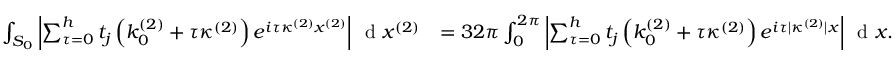
\begin{array} { r l } { \int _ { S _ { 0 } } \left\vert \sum _ { \tau = 0 } ^ { h } t _ { j } \left( k _ { 0 } ^ { ( 2 ) } + \tau \kappa ^ { ( 2 ) } \right) e ^ { i \tau \kappa ^ { ( 2 ) } x ^ { ( 2 ) } } \right\vert \, \textnormal { d } x ^ { ( 2 ) } } & { = 3 2 \pi \int _ { 0 } ^ { 2 \pi } \left\vert \sum _ { \tau = 0 } ^ { h } t _ { j } \left( k _ { 0 } ^ { ( 2 ) } + \tau \kappa ^ { ( 2 ) } \right) e ^ { i \tau | \kappa ^ { ( 2 ) } | x } \right\vert \, \textnormal { d } x . } \end{array}